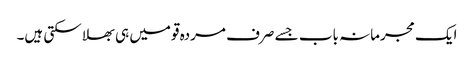
ایک مجرمانہ باب جسے صرف مردہ قومیں ہی بھلا سکتی ہیں۔